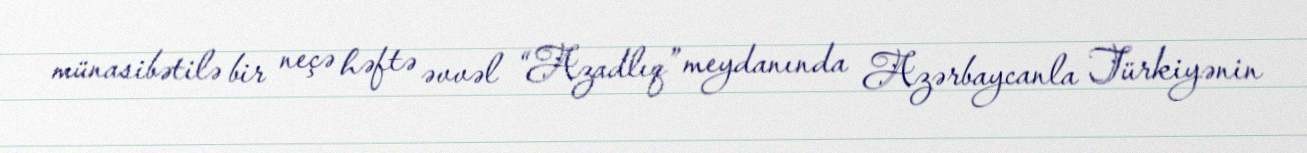
münasibətilə bir neçə həftə əvvəl “Azadlıq” meydanında Azərbaycanla Türkiyənin